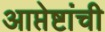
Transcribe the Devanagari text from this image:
आप्तेष्टांची